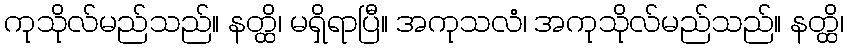
ကုသိုလ်မည်သည်။ နတ္ထိ၊ မရှိရာပြီ။ အကုသလံ၊ အကုသိုလ်မည်သည်။ နတ္ထိ၊